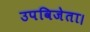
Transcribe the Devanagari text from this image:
उपविजेता।